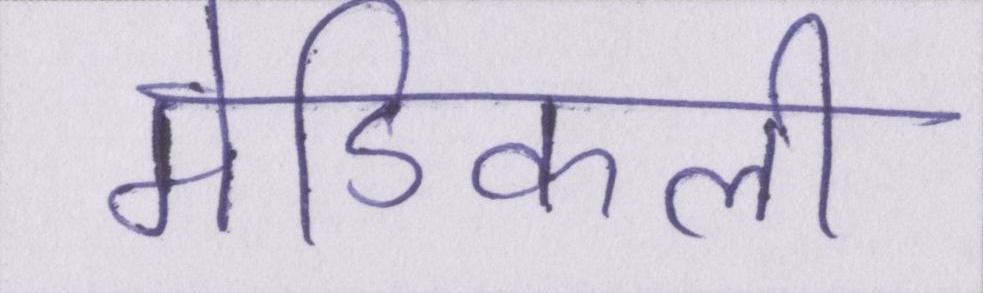
मेडिकली